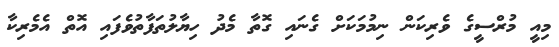
މިއީ މުރްސީގެ ވެރިކަން ނިމުމަކަށް ގެނައި ގޮތާ މެދު ހިޔާލުތަފާތުވެފައި އޮތް އެމެރިކާ